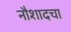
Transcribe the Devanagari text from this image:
नौशादचा